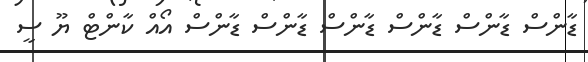
ޑާންސް ޑާންސް ޑާންސް ޑާންސް ޑާންސް ޑާންސް އޯއް ކާންޓް ޔޫ ސީ